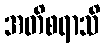
အတိစရာသိ